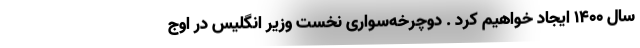
سال ۱۴۰۰ ایجاد خواهیم کرد . دوچرخه‌سواری نخست وزیر انگلیس در اوج